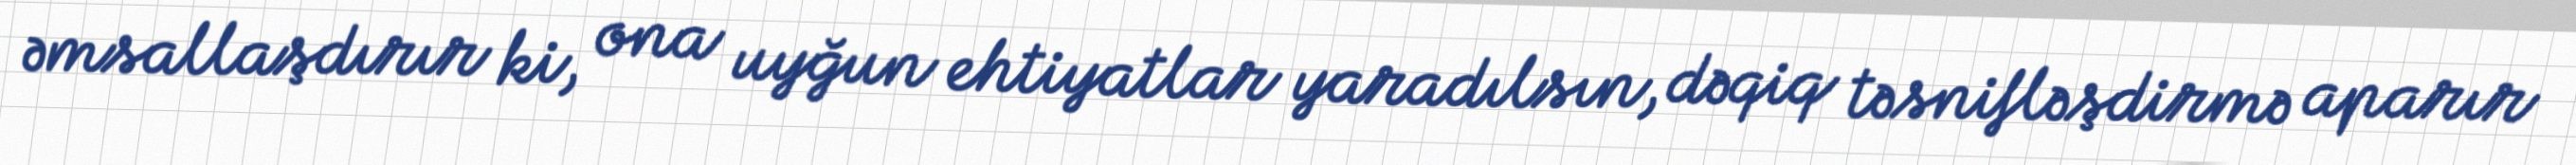
əmsallaşdırır ki, ona uyğun ehtiyatlar yaradılsın, dəqiq təsnifləşdirmə aparır